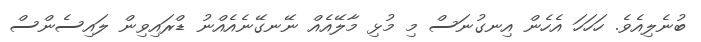
ބުނެލިއެވެ. ހަހަހަ އެހެން އިނގުނަސް މި މުޅި މާލޭއެއް ނޭނގޭނެއެއްނު ޑްރައިވިން ލައިސެންސް